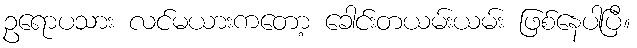
ဥရောပသား လင်မယားကတော့ ခေါင်းတယမ်းယမ်း ဖြစ်နေပါပြီ။